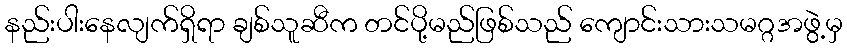
နည်းပါးနေလျက်ရှိရာ ချစ်သူဆီက တင်ပို့မည်ဖြစ်သည် ကျောင်းသားသမဂ္ဂအဖွဲ့မှ